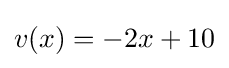
v(x)=-2x+10